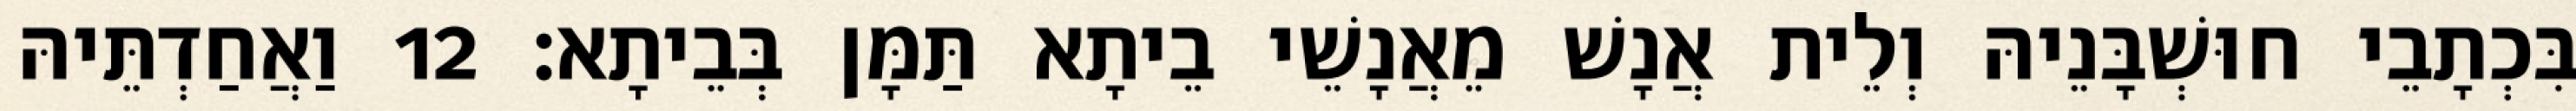
בִּכְתָבֵי חוּשְׁבָּנֵיהּ וְלֵית אֲנָשׁ מֵאֲנָשֵׁי בֵיתָא תַּמָּן בְּבֵיתָא׃ 12 וַאֲחַדְתֵּיהּ